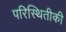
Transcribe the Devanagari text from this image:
परिस्थितीकी